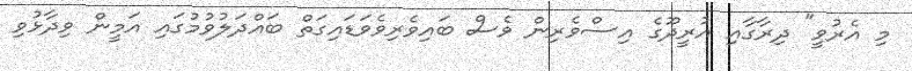
މި އެރުވީ" ދިރާގާއި އުރީދޫގެ އިސްވެރިން ވެސް ބައިވެރިވެވަޑައިގަތް ބައްދަލުވުމުގައި އަމީން ވިދާޅުވި